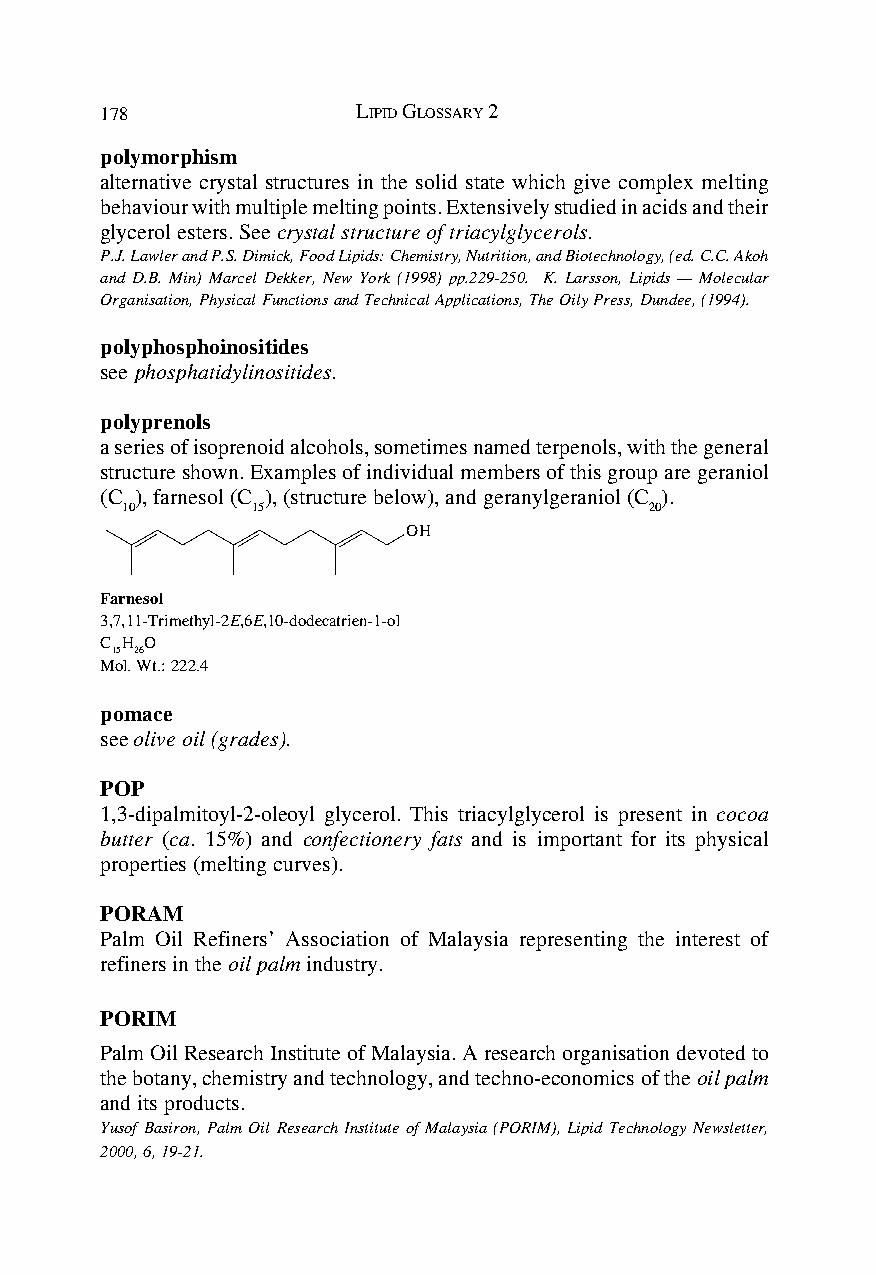
178              LIPID GLOSSARY 2
 polymorphism
 alternative crystal structures in the solid state which give complex melting
 behaviour with multiple melting points. Extensively studied in acids and their
 glycerol esters. See crystal structure of triacylglycerols.
 P.J. Lawler and P.S. Dimick, Food Lipids: Chemistry, Nutrition, and Biotechnology, (ed. C.C. Akoh
 and D.B. Min) Marcel Dekker, New York (1998) pp.229-250. K. Larsson, Lipids — Molecular
 Organisation, Physical Functions and Technical Applications, The Oily Press, Dundee, (1994).
 polyphosphoinositides
 see phosphatidylinositides.
 polyprenols
 a series of isoprenoid alcohols, sometimes named terpenols, with the general
 structure shown. Examples of individual members of this group are geraniol
 (C ), farnesol (C ), (structure below), and geranylgeraniol (C ).
 10       15                        20
 OH
 Farnesol
 3,7,11-Trimethyl-2E,6E,10-dodecatrien-1-ol
 C H O
 15 26
 Mol. Wt.: 222.4
 pomace
 see olive oil (grades).
 POP
 1,3-dipalmitoyl-2-oleoyl glycerol. This triacylglycerol is present in cocoa
 butter (ca. 15%) and confectionery fats and is important for its physical
 properties (melting curves).
 PORAM
 Palm Oil Refiners’ Association of Malaysia representing the interest of
 refiners in the oil palm industry.
 PORIM
 Palm Oil Research Institute of Malaysia. A research organisation devoted to
 the botany, chemistry and technology, and techno-economics of the oil palm
 and its products.
 Yusof Basiron, Palm Oil Research Institute of Malaysia (PORIM), Lipid Technology Newsletter,
 2000, 6, 19-21.